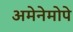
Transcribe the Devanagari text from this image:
अमेनेमोपे